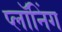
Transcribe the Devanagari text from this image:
प्लॉनिंग